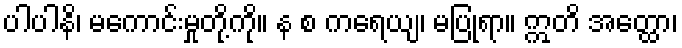
ပါပါနိ၊ မကောင်းမှုတို့ကို။ န စ ကရေယျ၊ မပြုရာ။ ဣတိ အတ္ထော၊